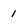
Character: 1